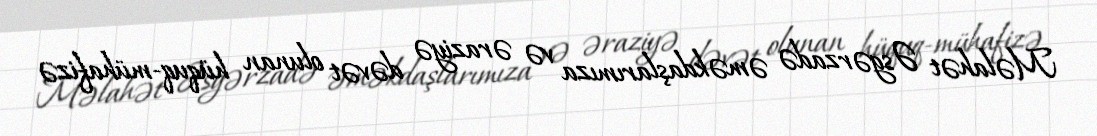
Məlahət Əsgərzadə əməkdaşlarımıza və əraziyə dəvət olunan hüquq-mühafizə